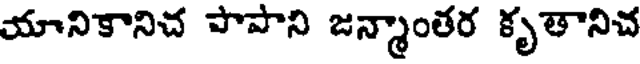
యానికానిచ పాపాని జన్మాంతర కృతానిచ